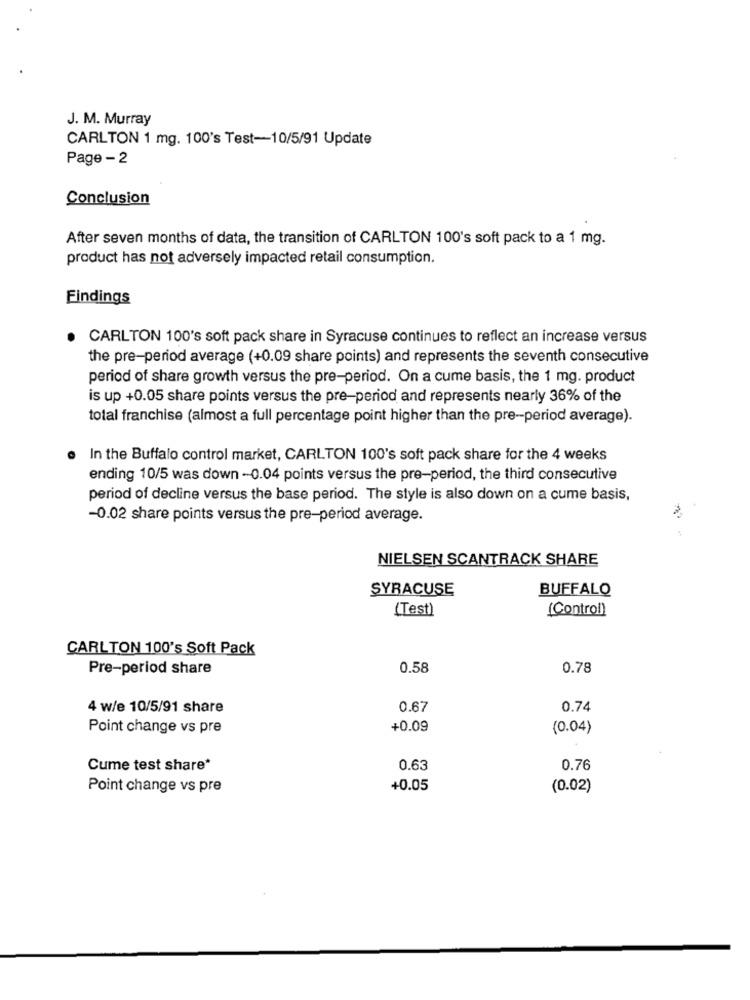
J. M. Murray
CARLTON 1 mg. 100's Test-10/5/91 Update
Page - 2
Conclusion
After seven months of data, the transition of CARLTON 100's soft pack to a 1 mg.
product has not adversely impacted retail consumption.
Findings
CARLTON 100's soft pack share in Syracuse continues to reflect an increase versus
the pre-period average (+0.09 share points) and represents the seventh consecutive
period of share growth versus the pre-period. On a cume basis, the 1 mg. product
is up +0.05 share points versus the pre-period and represents nearly 36% of the
total franchise (almost a full percentage point higher than the pre-period average).
In the Buffalo control market, CARLTON 100's soft pack share for the 4 weeks
ending 10/5 was down -0.04 points versus the pre-period, the third consecutive
period of decline versus the base period. The style is also down on a cume basis,
-0.02 share points versus the pre-period average.
NIELSEN SCANTRACK SHARE
SYRACUSE
BUFFALO
(Test)
(Control)
CARLTON 100's Soft Pack
Pre-period share
0.58
0.78
4 w/e 10/5/91 share
0.67
0.74
Point change vs pre
+0.09
(0.04)
Cume test share*
0.63
0.76
Point change vs pre
+0.05
(0.02)